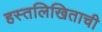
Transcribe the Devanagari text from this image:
हस्तलिखिताची